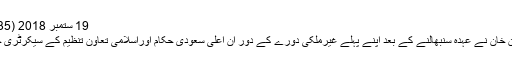
19 ستمبر 2018 (22:35) 2018-09-19
بدھ کو وزیراعظم عمران خان نے عہدہ سنبھالنے کے بعد اپنے پہلے غیرملکی دورے کے دور ان اعلیٰ سعودی حکام اوراسلامی تعاون تنظیم کے سیکرٹری جنرل سے ملاقاتیں کیں۔